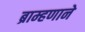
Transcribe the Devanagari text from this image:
ब्राम्हणाने